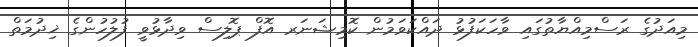
މިއަދުގެ ރަސްމިއްޔާތުގައި ވާހަކަފުޅު ދައްކަވަމުން ކޮމިޝަނަރ އޮފް ޕޮލިސް ވިދާޅުވީ ފުލުހުންގެ ޚިދުމަތް